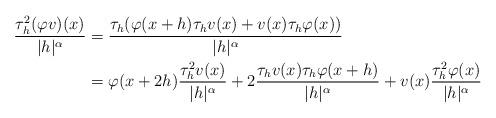
LaTeX: \begin{align*} \frac{\tau^2_h(\varphi v)(x)}{|h|^\alpha} & = \frac{\tau_h(\varphi(x+h) \tau_hv(x)+v(x) \tau_h\varphi(x))}{|h|^\alpha} \\ &=\varphi(x+2h)\frac{\tau^2_hv(x)}{|h|^\alpha}+2 \frac{\tau_hv(x)\tau_h\varphi(x+h)}{|h|^\alpha}+v(x) \frac{\tau^2_{h}\varphi(x)}{|h|^\alpha} \end{align*}